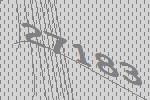
27183